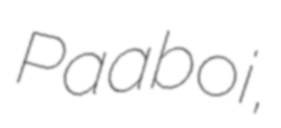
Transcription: Paaboi,